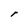
Character: r